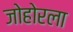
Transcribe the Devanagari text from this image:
जोहोरला